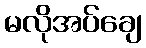
မလိုအပ်ချေ